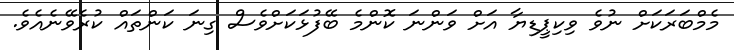
މެމްބަރަކަށް ނުވެ ވިކިޕީޑިޔާ އަށް ވަންނަ ކޮންމެ ބޭފުޅަކަށްވެސް ގިނަ ކަންތައް ކުރެވޭނެއެވެ.